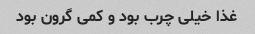
غذا خیلی چرب بود و کمی گرون بود